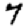
Digit: 7